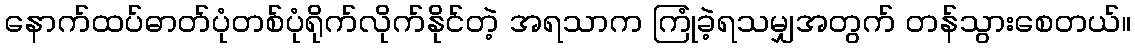
နောက်ထပ်ဓာတ်ပုံတစ်ပုံရိုက်လိုက်နိုင်တဲ့ အရသာက ကြုံခဲ့ရသမျှအတွက် တန်သွားစေတယ်။